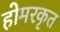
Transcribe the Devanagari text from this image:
होमरकृत